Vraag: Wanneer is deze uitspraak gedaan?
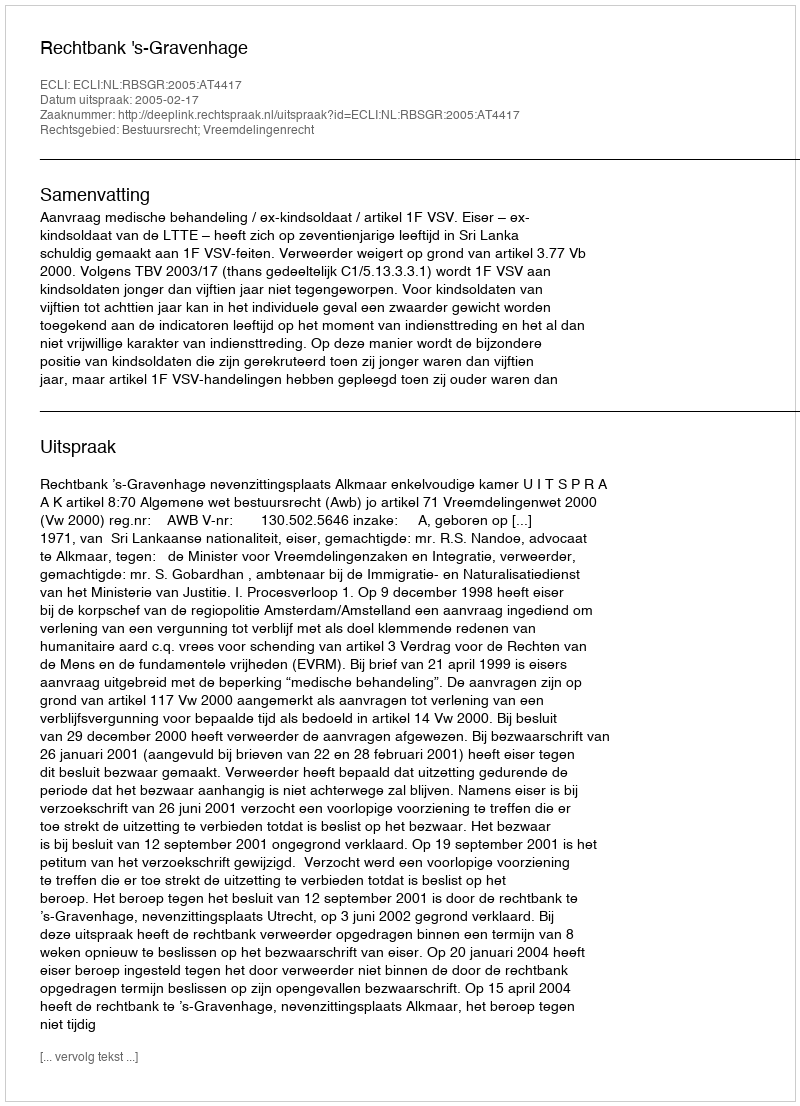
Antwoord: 2005-02-17